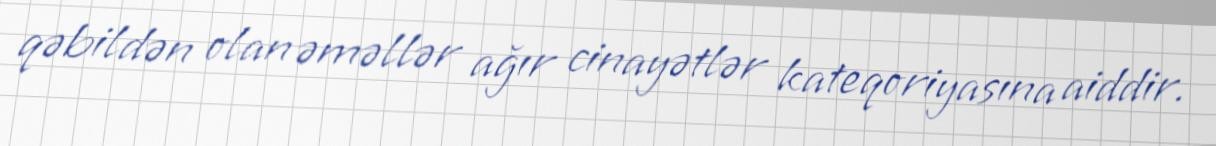
qəbildən olan əməllər ağır cinayətlər kateqoriyasına aiddir.